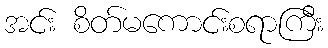
အင်း စိတ်မကောင်းစရာကြီး